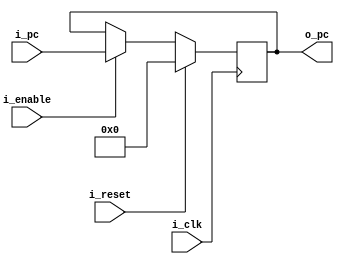
/**

**/

module pc
    #(
        // Parameters
        parameter PC_SZ = 32
    )
    (
        // Inputs
        input wire                      i_clk,                      // Clock
        input wire                      i_reset,                    // Reset
        input wire                      i_enable,                   // Enable
        input [PC_SZ-1 : 0]             i_pc,                       // New PC
        // Outputs
        output [PC_SZ-1 : 0]            o_pc                        // Output PC
    );

    //! Signal Declaration
    reg [PC_SZ-1 : 0]               prog_counter;

    // Body
    always @(posedge i_clk) 
    begin
        if(i_reset)
        begin
            prog_counter <= 0;
        end
        else if(i_enable)
        begin
            prog_counter <= i_pc;
        end    
    end

    initial 
    begin
        prog_counter <= 0;    
    end

    //! Assignments
    assign o_pc = prog_counter;

endmodule